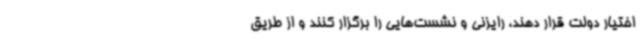
اختیار دولت قرار دهند، رایزنی و نشست‌هایی را برگزار کنند و از طریق